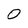
Character: 0